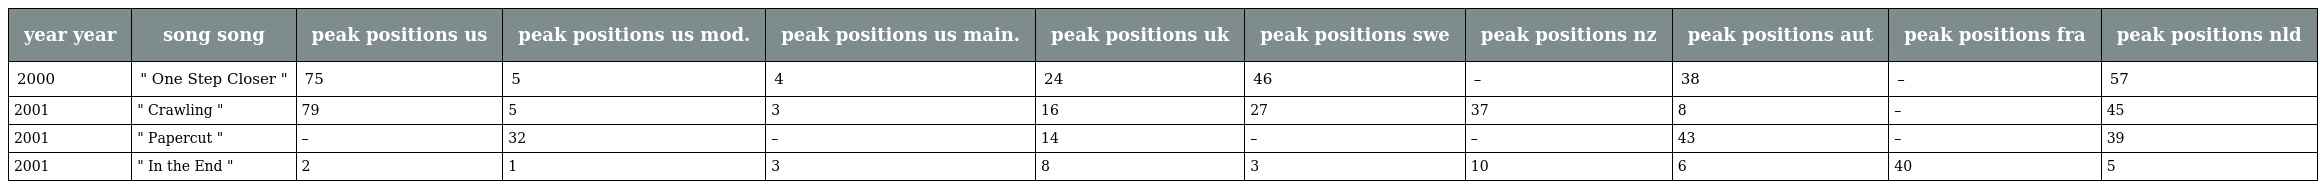
| year year | song song | peak positions us | peak positions us mod. | peak positions us main. | peak positions uk | peak positions swe | peak positions nz | peak positions aut | peak positions fra | peak positions nld |
 | --- | --- | --- | --- | --- | --- | --- | --- | --- | --- | --- |
 | 2000 | " One Step Closer " | 75 | 5 | 4 | 24 | 46 | – | 38 | – | 57 |
 | 2001 | " Crawling " | 79 | 5 | 3 | 16 | 27 | 37 | 8 | – | 45 |
 | 2001 | " Papercut " | – | 32 | – | 14 | – | – | 43 | – | 39 |
 | 2001 | " In the End " | 2 | 1 | 3 | 8 | 3 | 10 | 6 | 40 | 5 |